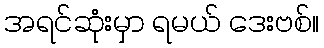
အရင်ဆုံးမှာ ရမယ် ဒေးဗစ်။